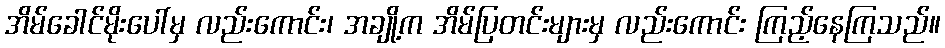
အိမ်ခေါင်မိုးပေါ်မှ လည်းကောင်း၊ အချို့က အိမ်ပြတင်းများမှ လည်းကောင်း ကြည့်နေကြသည်။